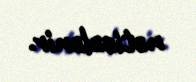
nəticələnir.